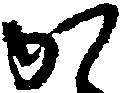
か